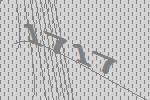
1717